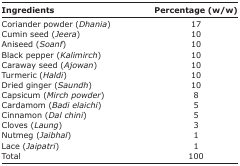
<table><thead><tr><td><b>Ingredients</b></td><td><b>Percentage (w/w)</b></td></tr></thead><tbody><tr><td>Coriander powder (<i>Dhania</i>)</td><td>17</td></tr><tr><td>Cumin seed (<i>Jeera</i>)</td><td>10</td></tr><tr><td>Aniseed (<i>Soanf</i>)</td><td>10</td></tr><tr><td>Black pepper (<i>Kalimirch</i>)</td><td>10</td></tr><tr><td>Caraway seed (<i>Ajowan</i>)</td><td>10</td></tr><tr><td>Turmeric (<i>Haldi</i>)</td><td>10</td></tr><tr><td>Dried ginger (<i>Saundh</i>)</td><td>10</td></tr><tr><td>Capsicum (<i>Mirch powder</i>)</td><td>8</td></tr><tr><td>Cardamom (<i>Badi elaichi</i>)</td><td>5</td></tr><tr><td>Cinnamon (<i>Dal chini</i>)</td><td>5</td></tr><tr><td>Cloves (<i>Laung</i>)</td><td>3</td></tr><tr><td>Nutmeg (<i>Jaibhal</i>)</td><td>1</td></tr><tr><td>Lace (<i>Jaipatri</i>)</td><td>1</td></tr><tr><td>Total</td><td>100</td></tr></tbody></table>